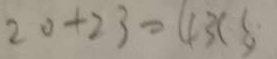
2 0 + 2 3 = 4 3 ( s